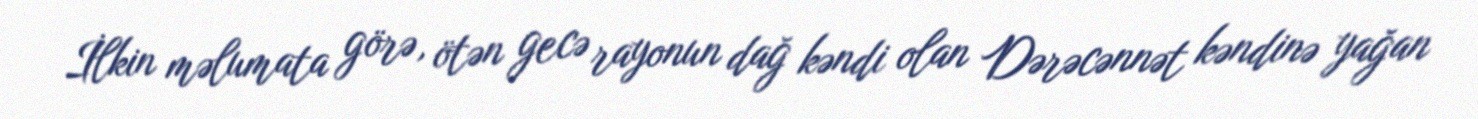
İlkin məlumata görə, ötən gecə rayonun dağ kəndi olan Dərəcənnət kəndinə yağan